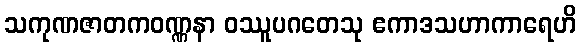
သကုဏဇာတကဝဏ္ဏနာ ဝဿူပဂတေသု ဧကာဒသဟာကာရေဟိ